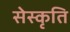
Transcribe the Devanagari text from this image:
सेस्कृति